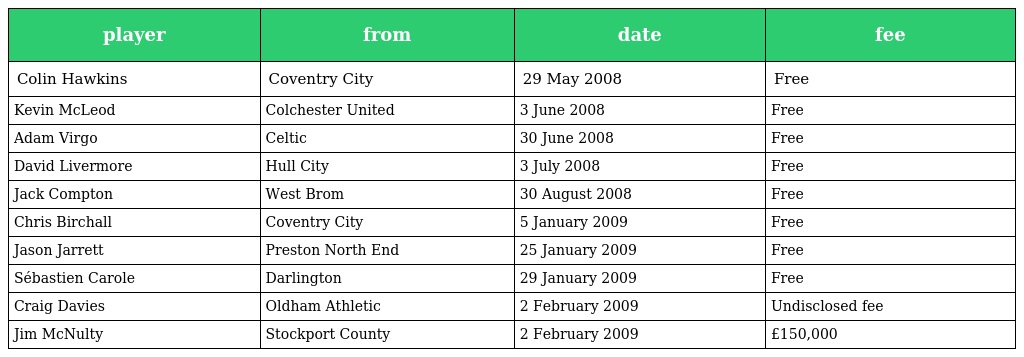
| player | from | date | fee |
 | --- | --- | --- | --- |
 | Colin Hawkins | Coventry City | 29 May 2008 | Free |
 | Kevin McLeod | Colchester United | 3 June 2008 | Free |
 | Adam Virgo | Celtic | 30 June 2008 | Free |
 | David Livermore | Hull City | 3 July 2008 | Free |
 | Jack Compton | West Brom | 30 August 2008 | Free |
 | Chris Birchall | Coventry City | 5 January 2009 | Free |
 | Jason Jarrett | Preston North End | 25 January 2009 | Free |
 | Sébastien Carole | Darlington | 29 January 2009 | Free |
 | Craig Davies | Oldham Athletic | 2 February 2009 | Undisclosed fee |
 | Jim McNulty | Stockport County | 2 February 2009 | £150,000 |